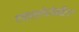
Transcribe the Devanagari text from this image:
एक्स्लेरोमीटर